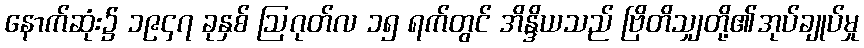
နောက်ဆုံး၌ ၁၉၄၇ ခုနှစ် ဩဂုတ်လ ၁၅ ရက်တွင် အိန္ဒိယသည် ဗြိတိသျှတို့၏အုပ်ချုပ်မှု